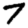
Digit: 7